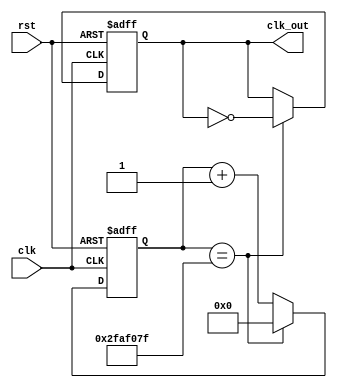
`timescale 1ns / 1ps
//////////////////////////////////////////////////////////////////////////////////
// Company: 
// Engineer: 
// 
// Design Name: 
// Module Name: divider
// Project Name: 
// Target Devices: 
// Tool Versions: 
// Description: 
// 
// Dependencies: 
// 
// Revision:
// Revision 0.01 - File Created
// Additional Comments:
// 
//////////////////////////////////////////////////////////////////////////////////
`timescale 1ns / 1ps

module divider #(parameter n = 50000000)(input clk, rst, output reg clk_out);
    reg [31:0] count;
    always @ (posedge clk, posedge rst) begin // Asynchronous Reset
        if (rst == 1'b1)
            count <= 32'b0;
        else if (count == n-1)
            count <= 32'b0;
        else
            count <= count+1;
    end
    always @ (posedge clk, posedge rst) begin // Asynchronous Reset
        if (rst == 1'b1)
            clk_out <= 1'b0;
        else if (count == n-1)
            clk_out <= ~clk_out;
        else
            clk_out <= clk_out;
    end
endmodule